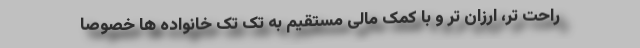
راحت تر، ارزان تر و با کمک مالی مستقیم به تک تک خانواده ها خصوصا